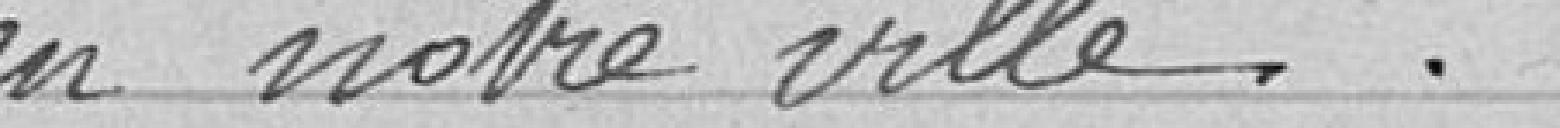
en notre ville.